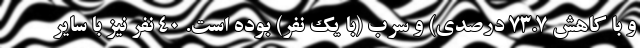
و با کاهش ۷۳.۷ درصدی) و سرب (با یک نفر) بوده است. ۴۰ نفر نیز با سایر